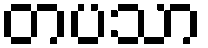
တပသာ